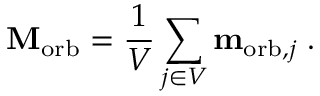
\mathbf { M } _ { \mathrm { { o r b } } } = { \frac { 1 } { V } } \sum _ { j \in V } \mathbf { m } _ { \mathrm { { o r b } } , j } \; .